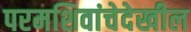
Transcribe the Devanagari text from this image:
परमशिवांचेदेखील